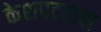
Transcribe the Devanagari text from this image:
केशपटवास